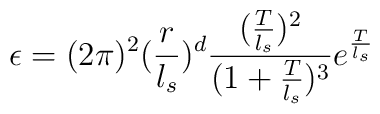
\epsilon=(2\pi)^2(\frac{r}{l_s})^d\frac{(\frac{T}{l_s})^2}{(1+\frac{T}{l_s})^3}e^{\frac{T}{l_s}}